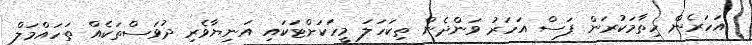
އަހަރެން ހިތާމަކުރަން ފަސް އަހަރު ވަންދެން ތިކަހަލަ މީހަކަށްޓަކައި އަނިޔާވެރި ދުވަސްތަކެއް ތަހައްމަލް